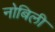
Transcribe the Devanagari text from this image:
नोबिली